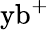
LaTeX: {\mathrm{yb}}^{+}